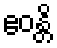
ဧဝန္တိ